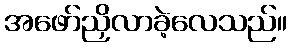
အဖော်ညှိလာခဲ့လေသည်။